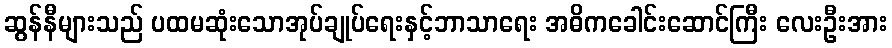
ဆွန်နီများသည် ပထမဆုံးသောအုပ်ချုပ်ရေးနှင့်ဘာသာရေး အဓိကခေါင်းဆောင်ကြီး လေးဦးအား